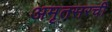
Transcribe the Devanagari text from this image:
अमृतसरची